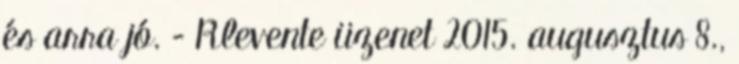
és arra jó. – Rlevente üzenet 2015. augusztus 8.,